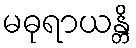
မဓုရာယန္တိ